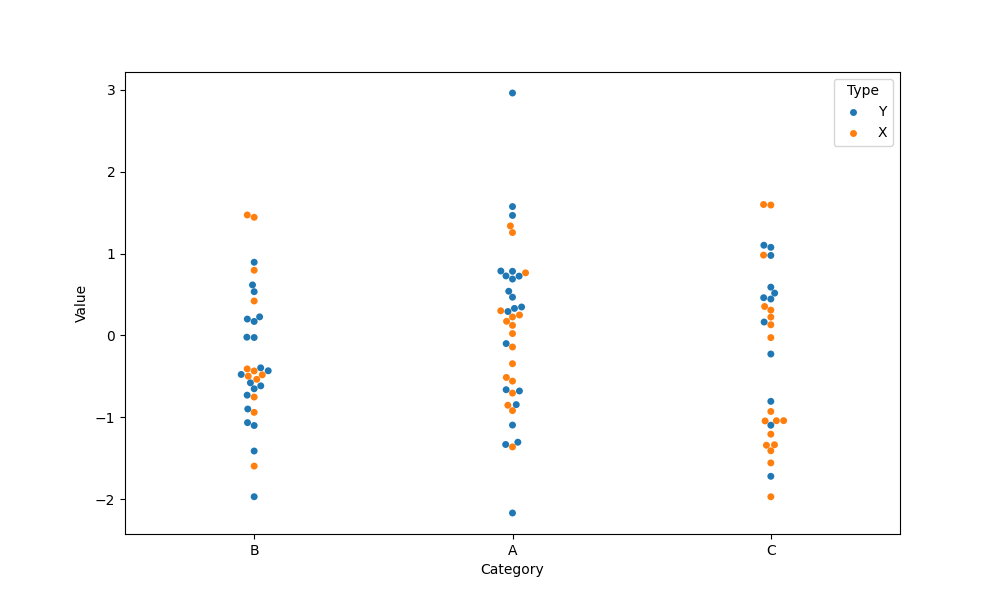
python, seaborn, swarmplot, dodge=False, alpha=1.0, size=5